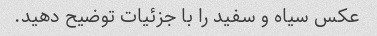
عکس سیاه و سفید را با جزئیات توضیح دهید.